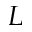
L